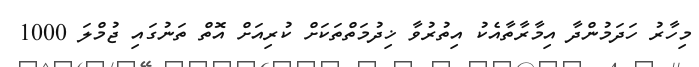
މިހާރު ހަދަމުންދާ އިމާރާތާއެކު އިތުރުވާ ޚިދުމަތްތަކަށް ކުރިއަށް އޮތް ތަނުގައި ޖުމްލަ 1000